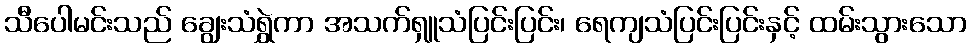
သီပေါမင်းသည် ချွေးသံရွှဲကာ အသက်ရှူသံပြင်းပြင်း၊ ရေကျသံပြင်းပြင်းနှင့် ထမ်းသွားသော